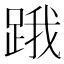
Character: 𨁟